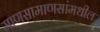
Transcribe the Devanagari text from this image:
माणसामाणसांमधील